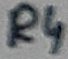
Text: R4